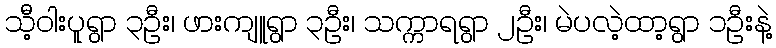
သီ့ဝါးပူရွာ ၃ဦး၊ ဖားကျူရွာ ၃ဦး၊ သက္ကာရရွာ ၂ဦး၊ မဲပလဲ့ထာ့ရွာ ၁ဦးနဲ့